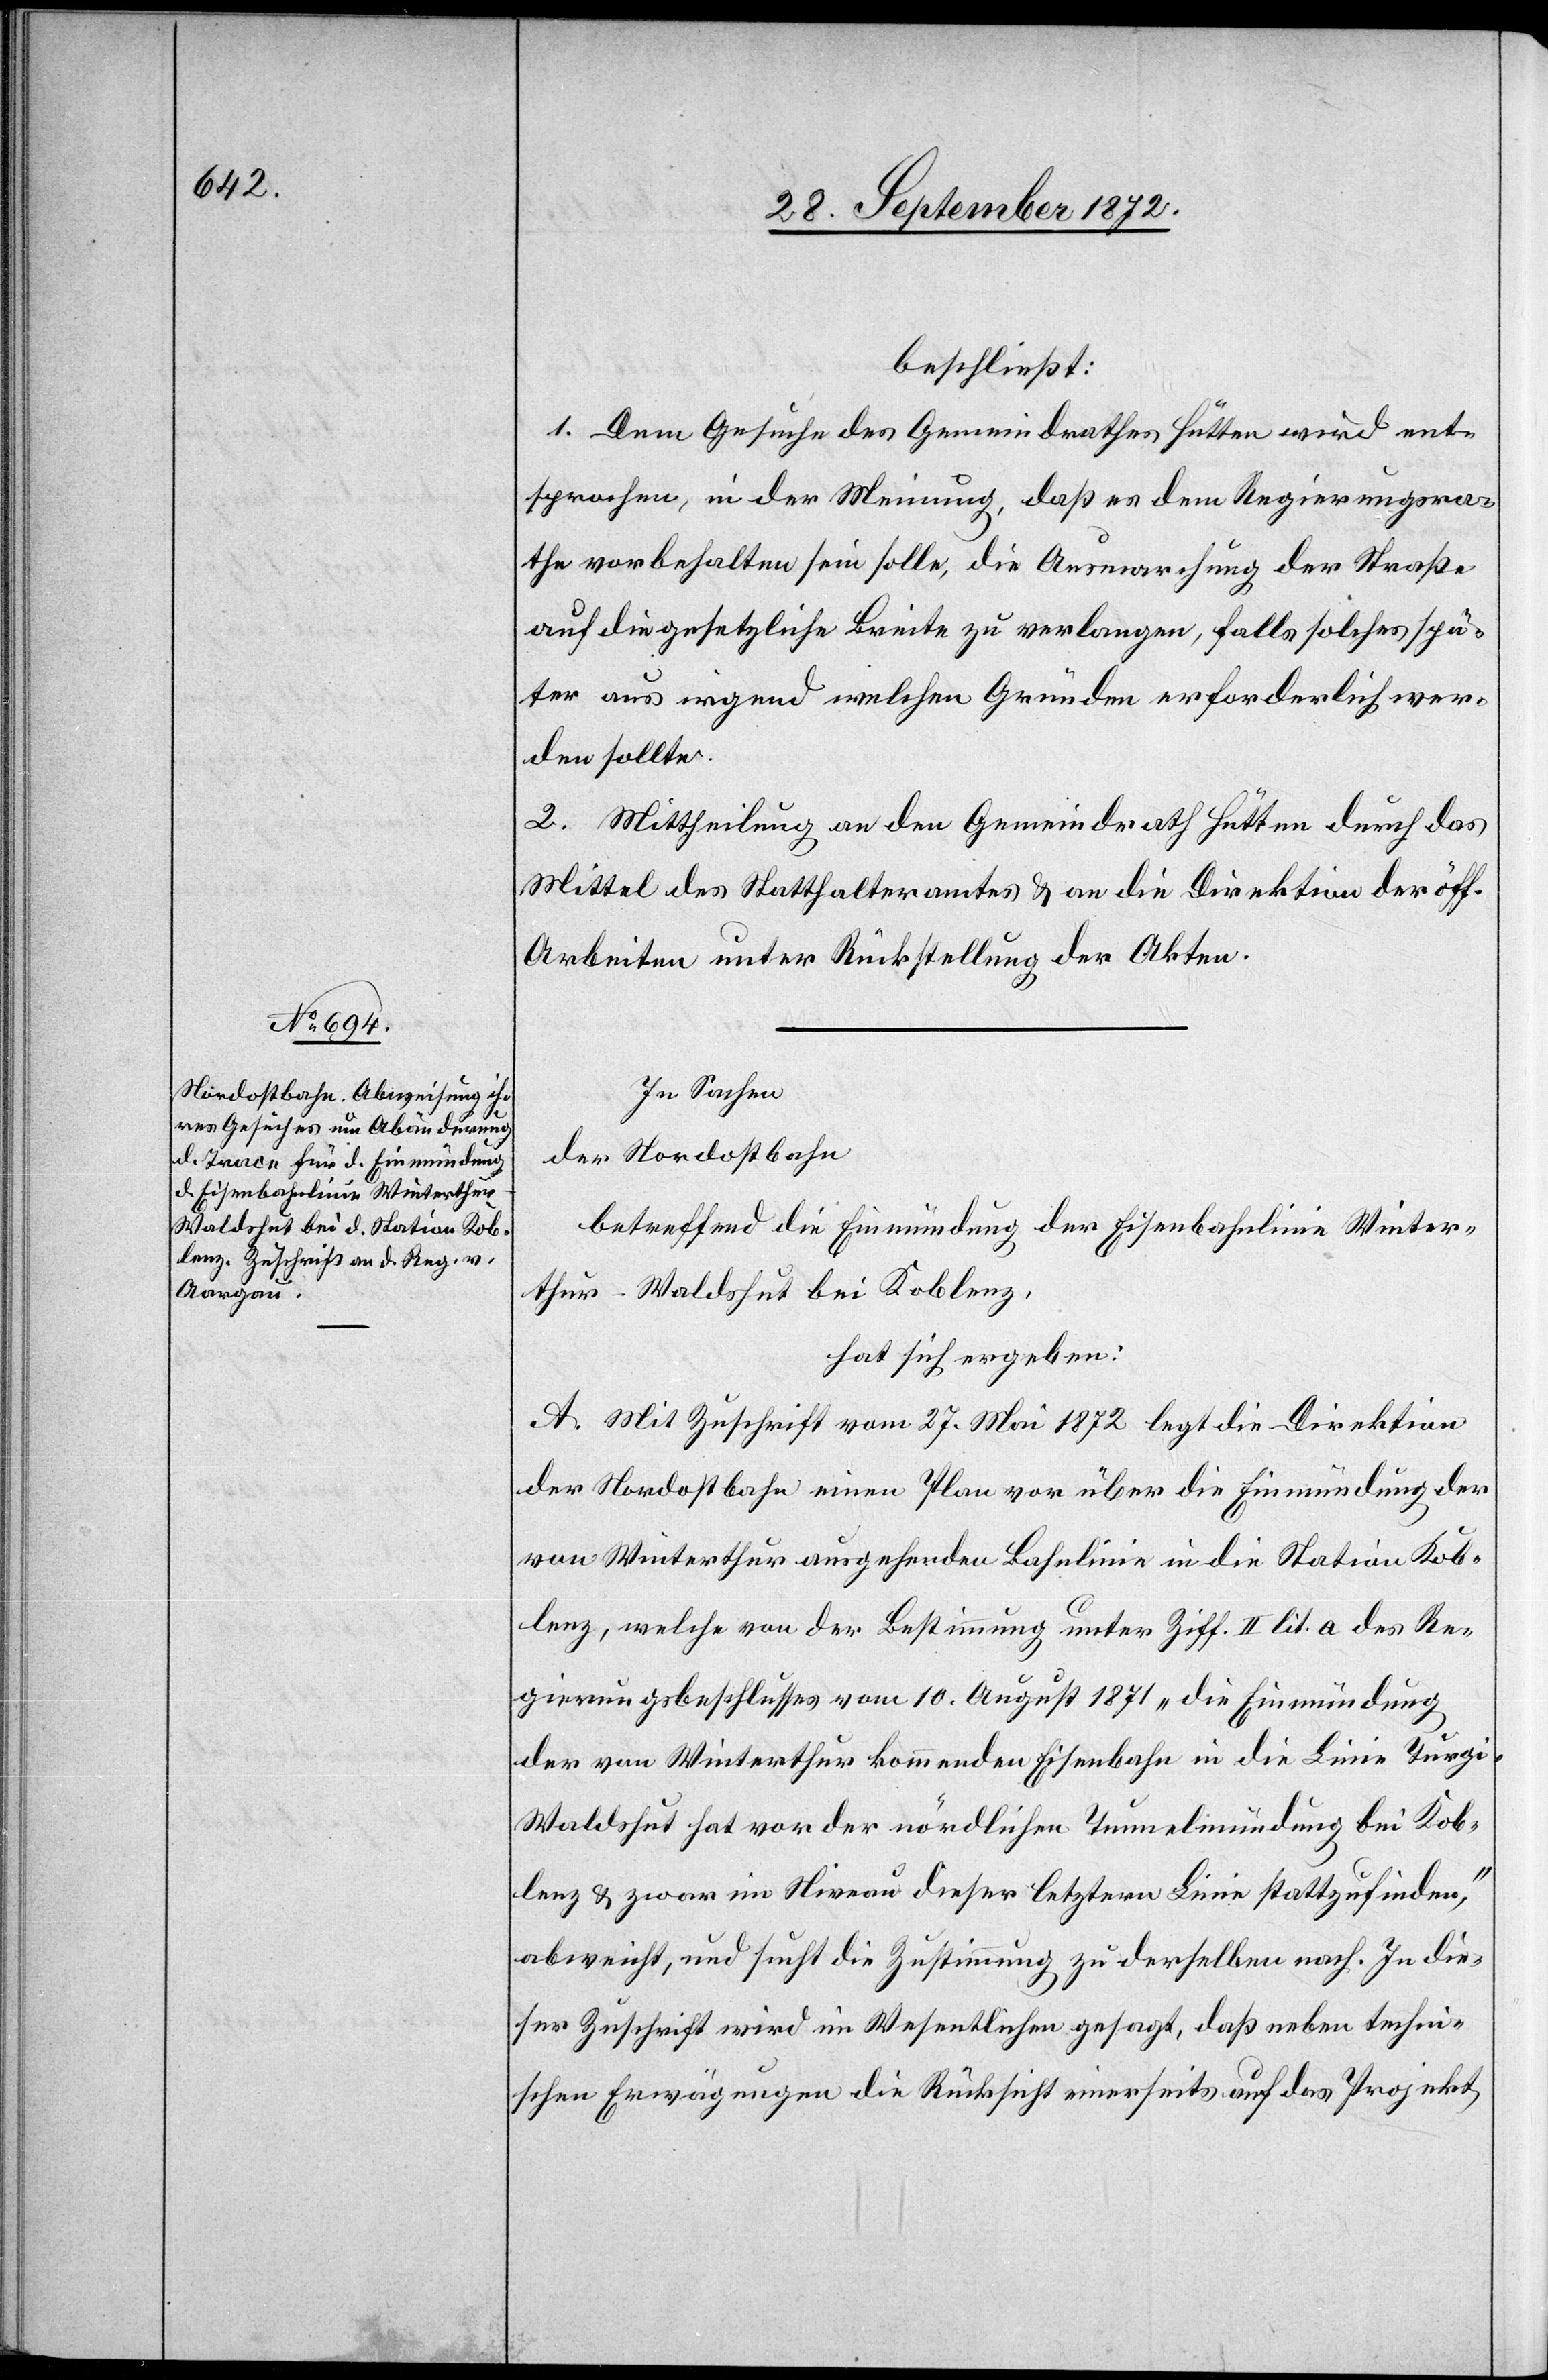
beschließt:
1. Dem Gesuche des Gemeindrathes Hütten wird ent¬
sprochen, in der Meinung, daß es dem Regierungsra¬
the vorbehalten sein solle, die Ausmarchung der Straße
auf die gesetzliche Breite zu verlangen, falls solches spä¬
ter aus irgend welchen Gründen erforderlich wer¬
den sollte.
2. Mittheilung an den Gemeindrath Hütten durch das
Mittel des Statthalteramtes u. an die Direktion der öff.
Arbeiten unter Rückstellung der Akten.
In Sachen
der Nordostbahn
betreffend Einmündung der Eisenbahnlinie Winter¬
thur–Waldshut bei Koblenz,
hat sich ergeben:
A. Mit Zuschrift vom 27. Mai 1872 legt die Direktion
der Nordostbahn einen Plan vor über die Einmündung der
von Winterthur ausgehende Bahnlinie in die Station Kob¬
lenz, welche von der Bestimmung unter Ziff. II lit. a des Re¬
gierungsbeschlusses vom 10. August 1871 „die Einmündung
der von Winterthur kommenden Eisenbahn in die Linie Turg¬
i–Waldshut hat vor der nördlichen Tunnelmündung bei Kob¬
lenz u. zwar im Niveau dieser letztern Linie stattzufinden,“
abweicht, und sucht die Zustimmung zu derselben nach. In die¬
ser Zuschrift wird im Wesentlichen gesagt, daß neben techni¬
schen Erwägungen die Rücksicht einerseits auf das Projekt